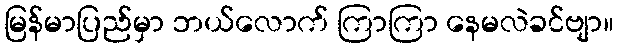
မြန်မာပြည်မှာ ဘယ်လောက် ကြာကြာ နေမလဲခင်ဗျာ။